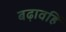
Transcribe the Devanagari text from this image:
बढ़ावहिं